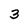
Character: 3